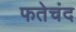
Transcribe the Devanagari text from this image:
फतेचंद